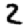
Digit: 2